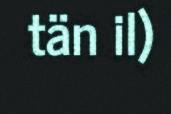
tän il)